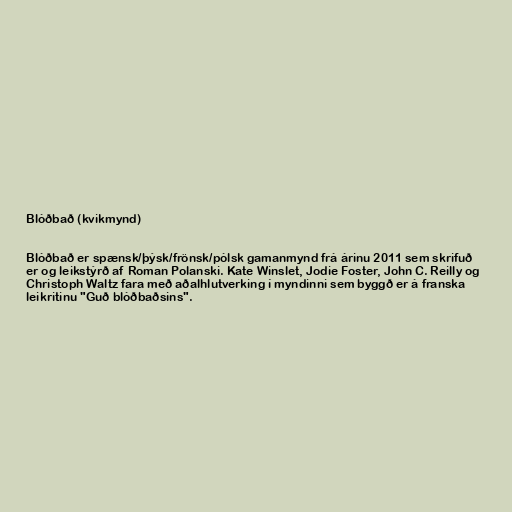
Blóðbað (kvikmynd)

Blóðbað er spænsk/þýsk/frönsk/pólsk gamanmynd frá árinu 2011 sem skrifuð
er og leikstýrð af Roman Polanski. Kate Winslet, Jodie Foster, John C. Reilly og
Christoph Waltz fara með aðalhlutverking í myndinni sem byggð er á franska
leikritinu "Guð blóðbaðsins".